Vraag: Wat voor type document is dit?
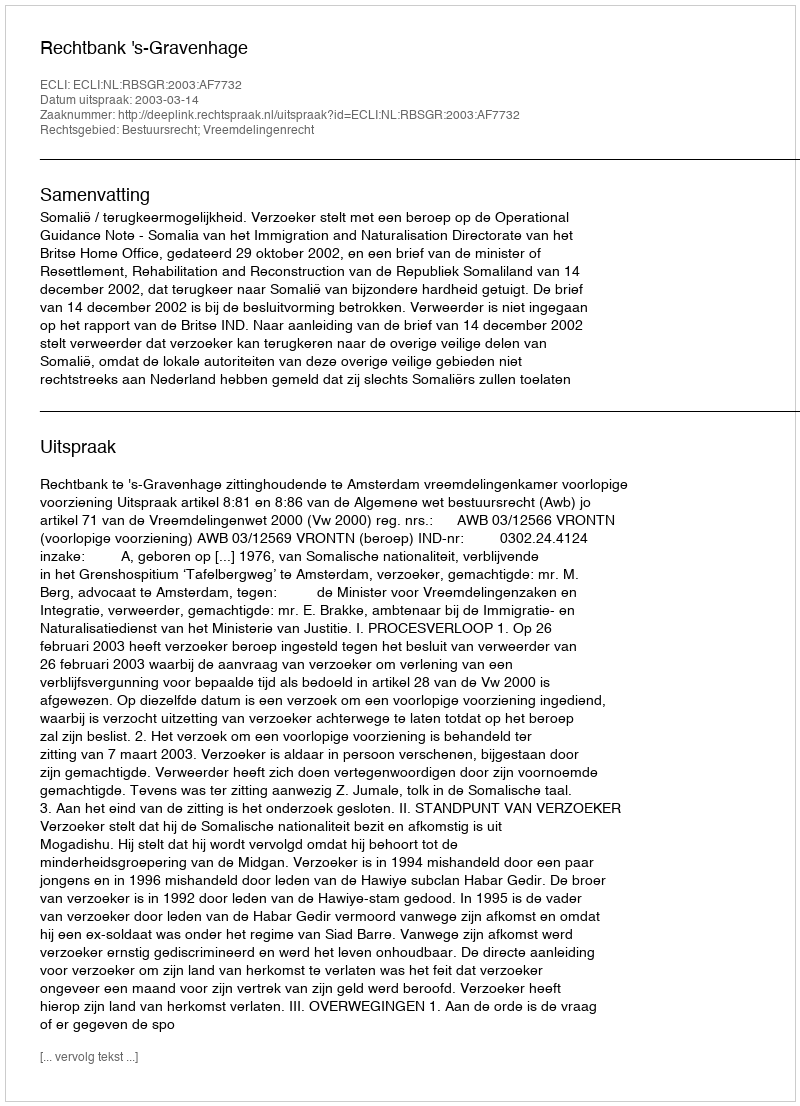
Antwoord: Uitspraak